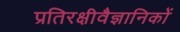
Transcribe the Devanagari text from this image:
प्रतिरक्षीवैज्ञानिकों